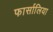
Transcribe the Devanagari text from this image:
फार्सालिया